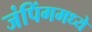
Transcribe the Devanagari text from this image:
जंपिंगमध्ये